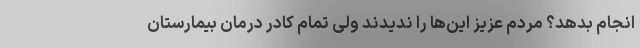
انجام بدهد؟ مردم عزیز این‌ها را ندیدند ولی تمام کادر درمان بیمارستان